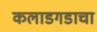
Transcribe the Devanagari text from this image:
कलाडगडाचा